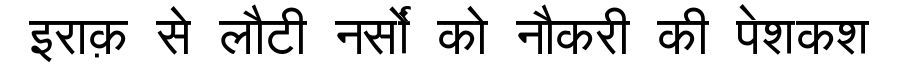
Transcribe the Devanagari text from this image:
इराक़ से लौटी नर्सों को नौकरी की पेशकश